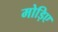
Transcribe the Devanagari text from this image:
मोड़िए